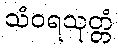
သံဝရသုတ္တံ